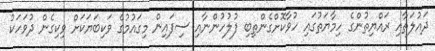
ދައުލަތާއި ރައްޔިތުންގެ ހިމާޔަތުގައި ހުވާކޮށްގެންތިބި ފުލުހުންނާއި ސިފައިން މިގައުމުގެ ވަކިބަޔަކަށް ވިކިގެން ދުވަހަކު